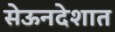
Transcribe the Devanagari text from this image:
सेऊनदेशात